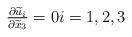
LaTeX: \begin{align*}\tfrac{\partial \widetilde u_i}{\partial \widetilde x_3} =0 i=1,2,3\end{align*}